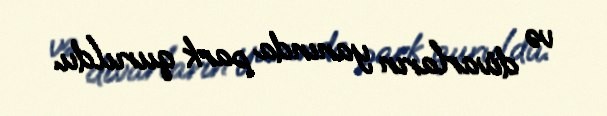
və divarların yanında park quruldu.